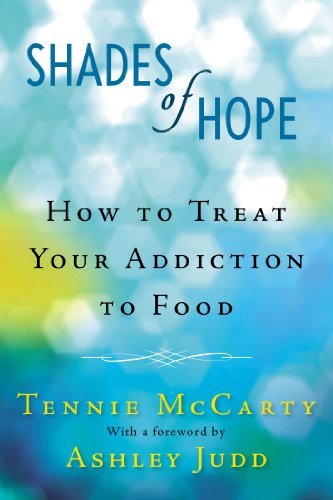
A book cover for Shades of Hope: How to Treat Your Addiction to Food; Tennie McCarty; Self-Help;